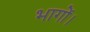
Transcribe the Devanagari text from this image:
भागों।